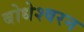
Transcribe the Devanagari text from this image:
बोधेश्वरन